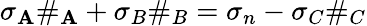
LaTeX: \sigma_{\mathbf{A}}\# _{\mathbf{A}}+\sigma_{B}\# _{B}=\sigma_{n}-\sigma_{C}\# _{C}